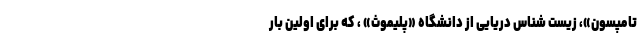
تامپسون»، زیست شناس دریایی از دانشگاه «پلیموث» ، که برای اولین بار